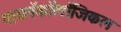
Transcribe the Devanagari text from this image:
गायनॅकॉलॉजिकल